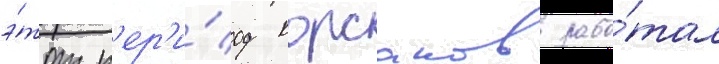
э́тот п'ер'и́од корсаков рабо́тал